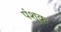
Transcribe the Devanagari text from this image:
पंशुक